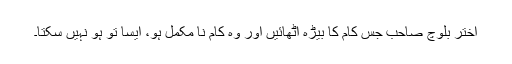
اختر بلوچ صاحب جس کام کا بیڑہ اُٹھائیں اور وہ کام نا مکمل ہو، ایسا تو ہو نہیں سکتا۔